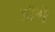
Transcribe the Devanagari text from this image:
डॉगे